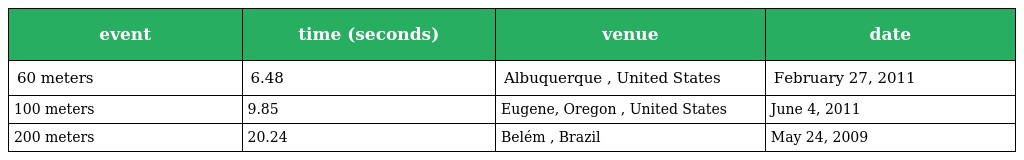
| event | time (seconds) | venue | date |
 | --- | --- | --- | --- |
 | 60 meters | 6.48 | Albuquerque , United States | February 27, 2011 |
 | 100 meters | 9.85 | Eugene, Oregon , United States | June 4, 2011 |
 | 200 meters | 20.24 | Belém , Brazil | May 24, 2009 |